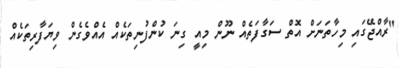
"ރާއްޖޭގައި މިހާތަނަށް އޮތް ސަގާފަތެއް ނޫން މިއީ ގިނަ ކުންފުނިތަކެއް އެއްވެގެން ވިޔަފާރިތަކެއް